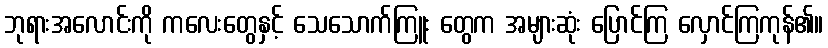
ဘုရားအလောင်းကို ကလေးတွေနှင့် သေသောက်ကြူး တွေက အများဆုံး ပြောင်ကြ လှောင်ကြကုန်၏။